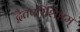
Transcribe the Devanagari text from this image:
द्वैतपरिशिष्टम्